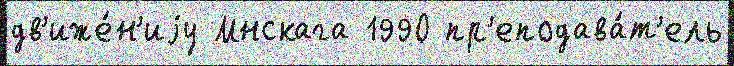
дв'иже́н'иjу Мнскага 1990 пр'еподава́т'ель